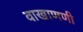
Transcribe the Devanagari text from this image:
वाखाणणी